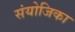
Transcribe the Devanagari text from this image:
संयोजिका